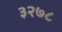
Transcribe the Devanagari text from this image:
३२७८